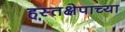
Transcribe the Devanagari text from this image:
हस्तक्षेपाच्या